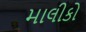
માલીકો